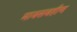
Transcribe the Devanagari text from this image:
मावसबहीण